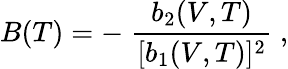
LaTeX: B(T)=-\; {\frac{b_{2}(V,T)}{[b_{1}(V,T)]^{2}}}\; ,